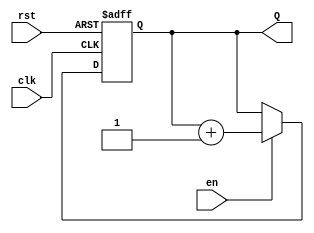
module binary_up_counter #(
    parameter N = 4  // Number of bits for the counter (default is 4)
) (
    input wire clk,    // Clock input
    input wire rst,    // Asynchronous reset
    input wire en,     // Enable signal
    output reg [N-1:0] Q  // N-bit counter output
);

    // Always block triggered on the rising edge of the clock
    always @(posedge clk or posedge rst) begin
        if (rst) begin
            // If reset is high, reset the counter to 0
            Q <= 0;
        end else if (en) begin
            // If enabled, increment the counter
            Q <= Q + 1;
        end
        // If not enabled, the counter retains its value
    end

endmodule